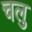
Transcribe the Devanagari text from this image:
चलु